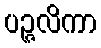
ပဉ္ဇလိကာ